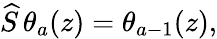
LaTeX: \widehat{S}\, \theta_{a}(z)=\theta_{a-1}(z),